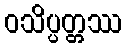
ဝသိပ္ပတ္တဿ